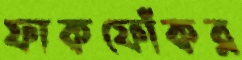
ফাকফোঁকর